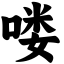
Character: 喽